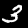
Digit: 3